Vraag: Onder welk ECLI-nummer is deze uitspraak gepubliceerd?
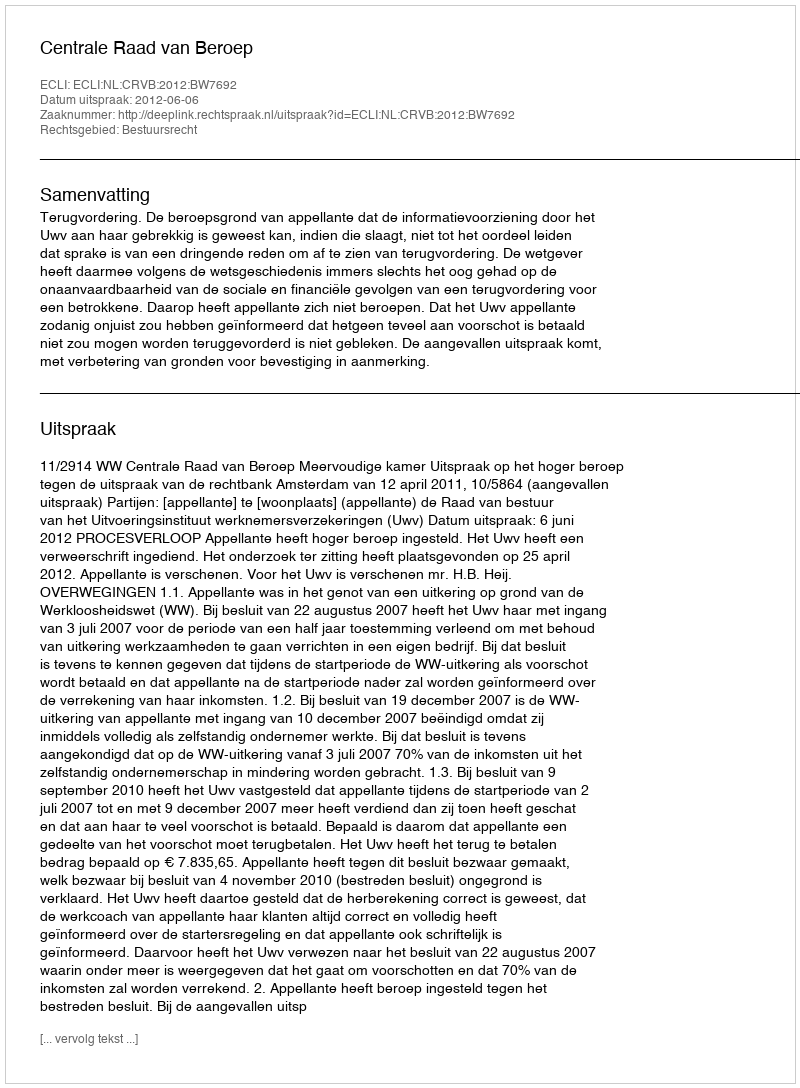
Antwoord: ECLI:NL:CRVB:2012:BW7692